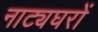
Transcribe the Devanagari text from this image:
नाट्यघरों